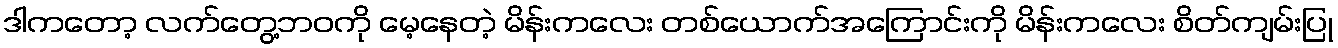
ဒါကတော့ လက်တွေ့ဘဝကို မေ့နေတဲ့ မိန်းကလေး တစ်ယောက်အကြောင်းကို မိန်းကလေး စိတ်ကျမ်းပြု